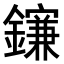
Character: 𨮄